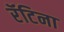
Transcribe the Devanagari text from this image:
रॅटिना